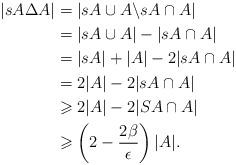
LaTeX: \begin{align*}|sA\Delta A| &= |sA\cup A\backslash sA\cap A| \\& = |sA\cup A|- |sA\cap A| \\& = |sA|+|A| - 2|sA\cap A| \\& = 2|A| - 2|sA\cap A| \\& \geqslant 2|A| - 2|SA\cap A|\\& \geqslant \left(2-\frac{2\beta}{\epsilon}\right)|A|.\end{align*}